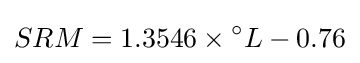
SRM=1.3546\times {^{\circ }L}-0.76